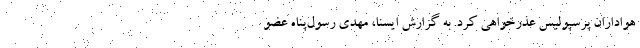
هواداران پرسپولیس عذرخواهی کرد. به گزارش ایسنا، مهدی رسول‌پناه عضو